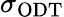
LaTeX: \sigma_{\mathrm{{ODT}}}